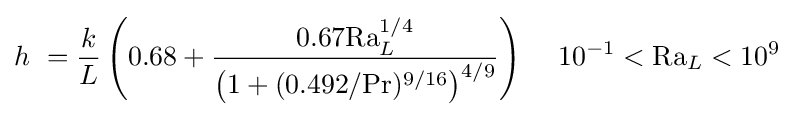
h\ ={\frac {k}{L}}\left(0.68+{\frac {0.67\mathrm {Ra} _{L}^{1/4}}{\left(1+(0.492/\mathrm {Pr} )^{9/16}\right)^{4/9}}}\right)\,\quad \mathrm {1} 0^{-1}<\mathrm {Ra} _{L}<10^{9}